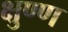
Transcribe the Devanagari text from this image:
क्षुण्ण